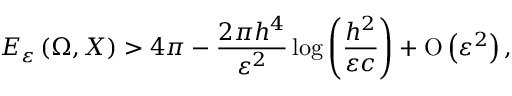
E _ { \varepsilon } \left( \Omega , X \right) > 4 \pi - \frac { 2 \pi h ^ { 4 } } { \varepsilon ^ { 2 } } \log { \left( \frac { h ^ { 2 } } { \varepsilon c } \right) } + \ensuremath { \operatorname { O } \left( \varepsilon ^ { 2 } \right) } ,